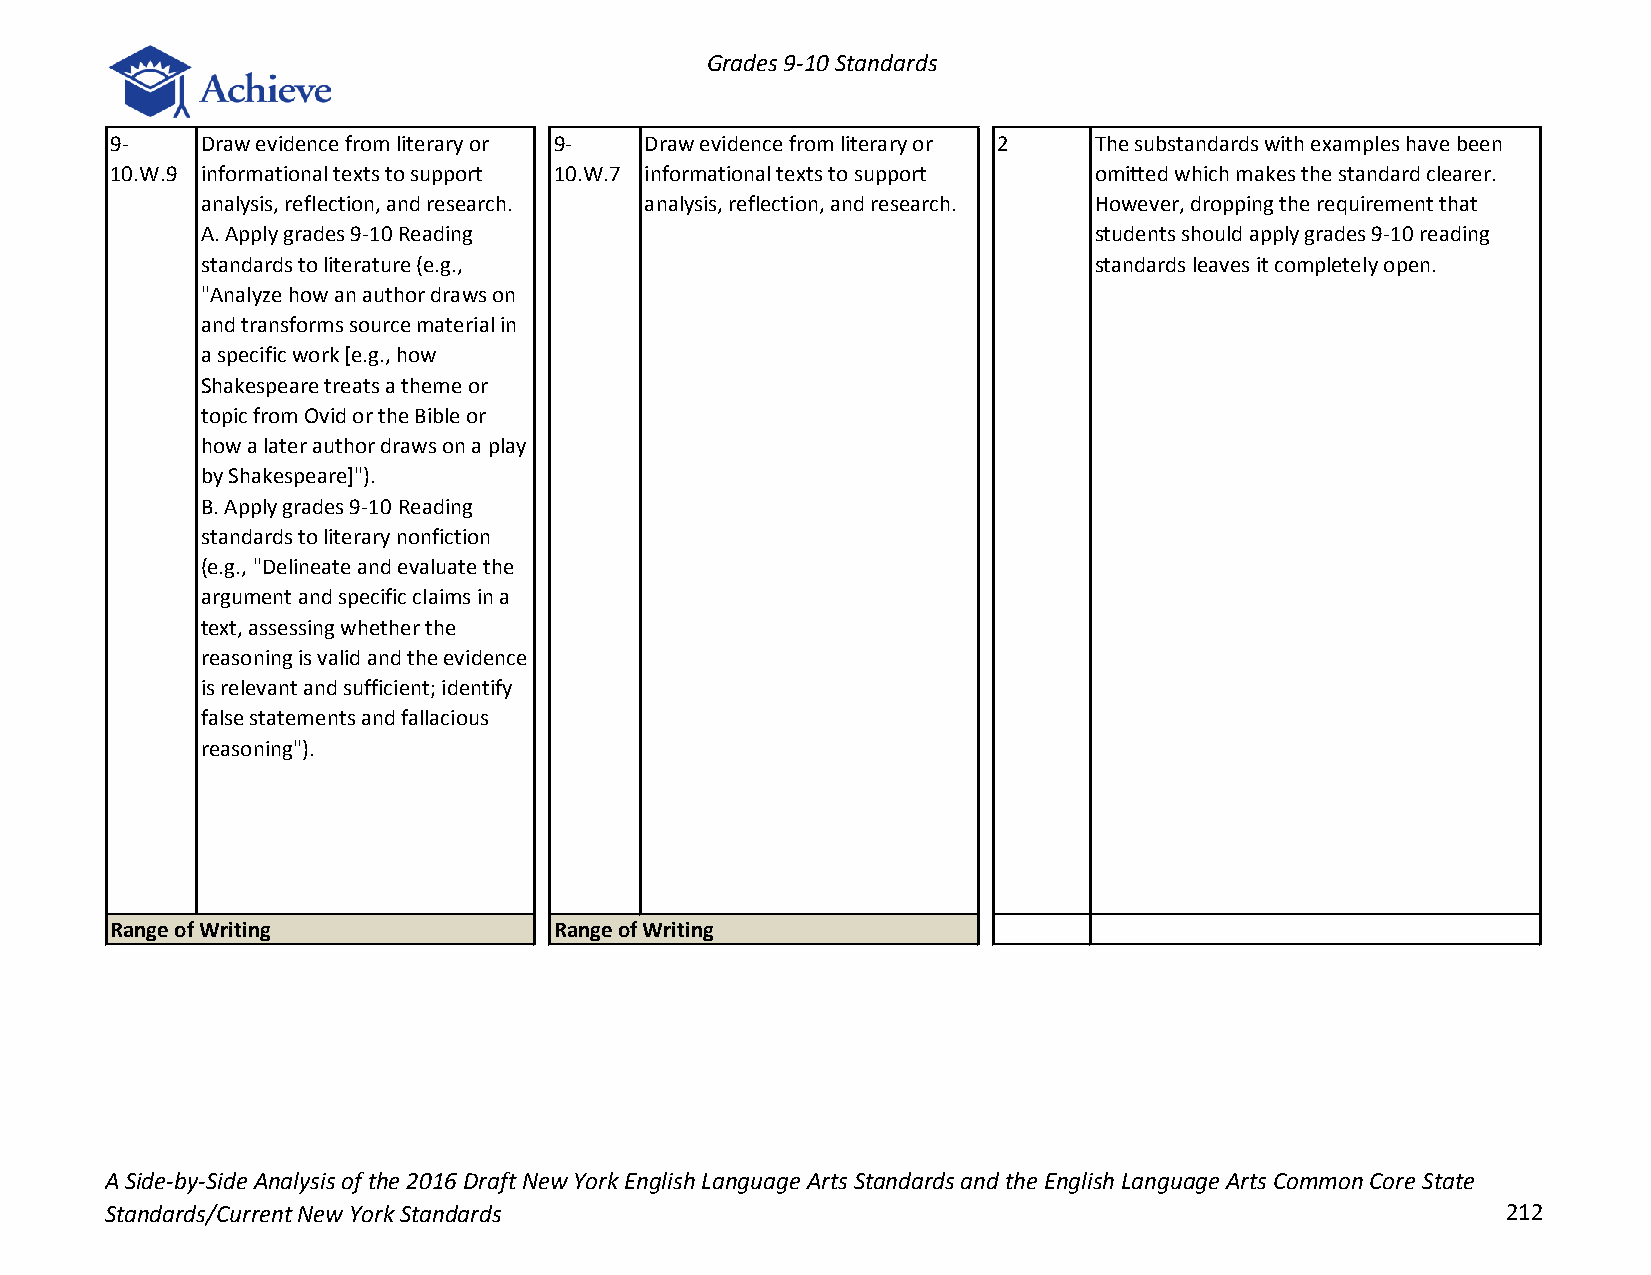
Grades 9-10 Standards
 9-    Draw evidence from literary or 9- Draw evidence from literary or 2 The substandards with examples have been
 10.W.9 informational texts to support 10.W.7 informational texts to support omitted which makes the standard clearer.
 analysis, reflection, and research. analysis, reflection, and research. However, dropping the requirement that
 A. Apply grades 9-10 Reading                               students should apply grades 9-10 reading
 standards to literature (e.g.,                             standards leaves it completely open.
 "Analyze how an author draws on
 and transforms source material in
 a specific work [e.g., how
 Shakespeare treats a theme or
 topic from Ovid or the Bible or
 how a later author draws on a play
 by Shakespeare]").
 B. Apply grades 9-10 Reading
 standards to literary nonfiction
 (e.g., "Delineate and evaluate the
 argument and specific claims in a
 text, assessing whether the
 reasoning is valid and the evidence
 is relevant and sufficient; identify
 false statements and fallacious
 reasoning").
 Range of Writing              Range of Writing
 A Side-by-Side Analysis of the 2016 Draft New York English Language Arts Standards and the English Language Arts Common Core State
 Standards/Current New York Standards                                                         212